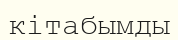
кітабымды